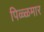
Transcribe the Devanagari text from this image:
पिळ्ळमार